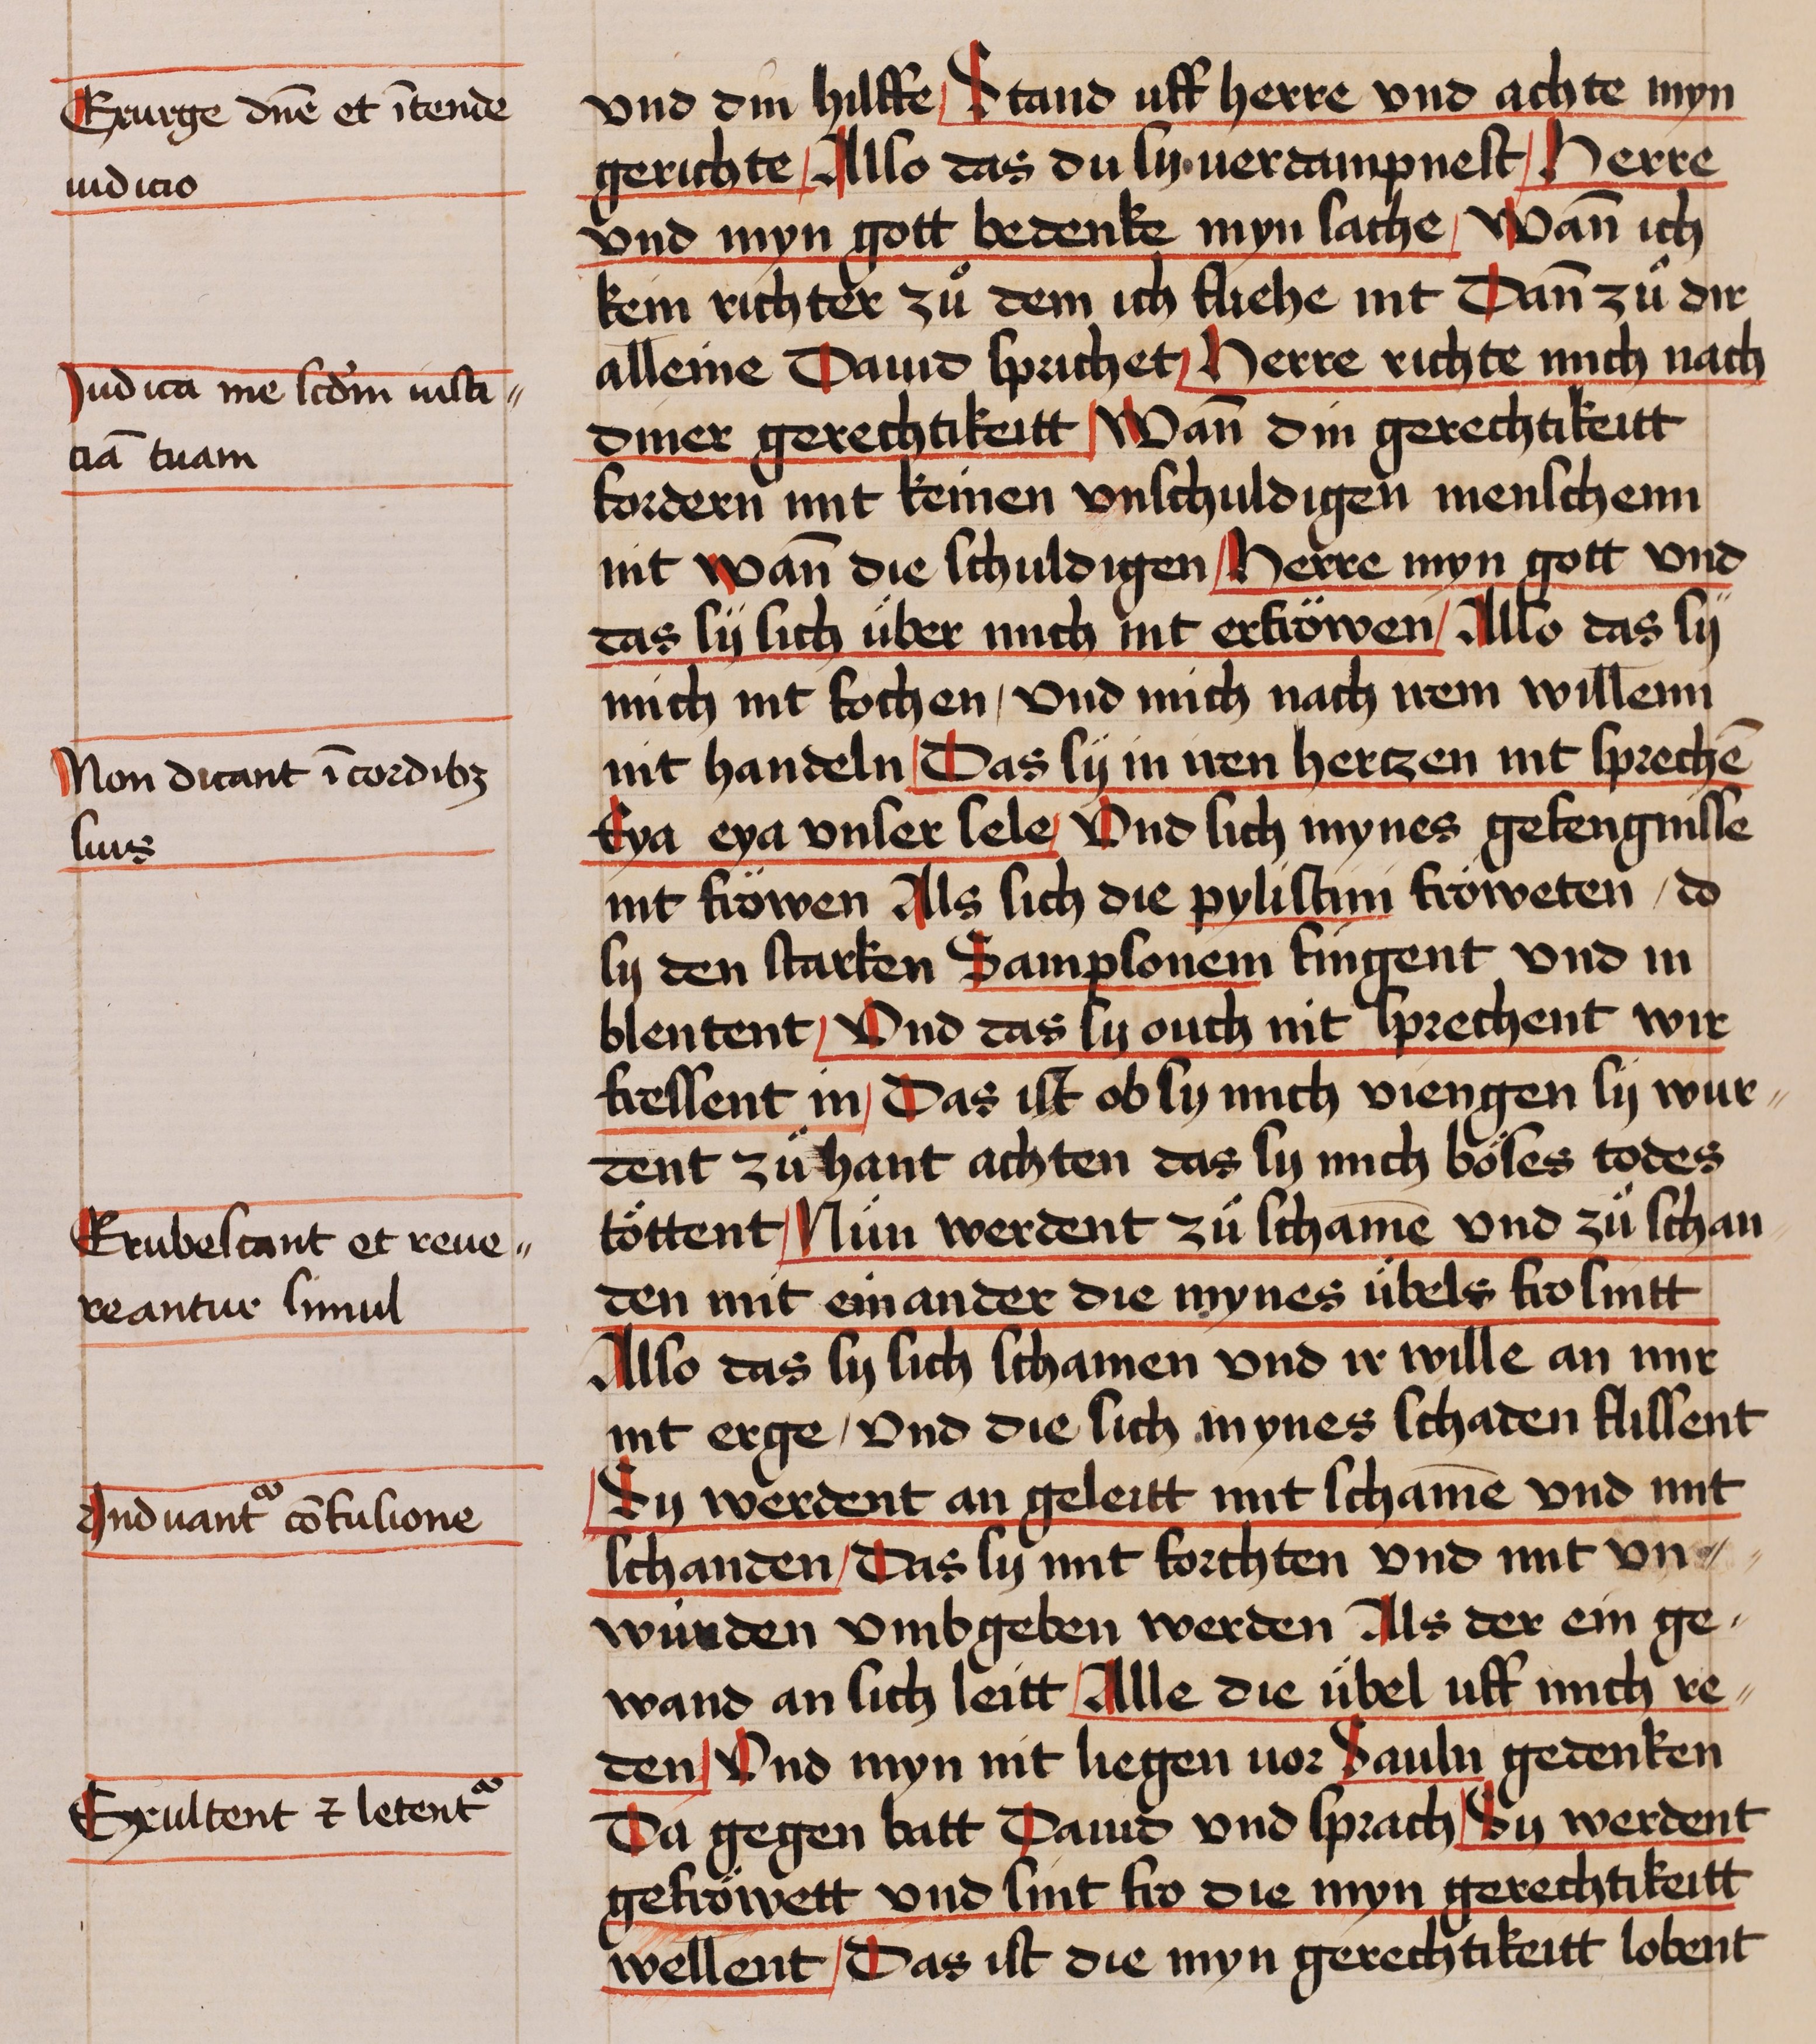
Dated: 1435–1465